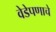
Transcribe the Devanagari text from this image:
वेडेपणाचे